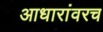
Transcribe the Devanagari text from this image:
आधारांवरच